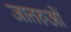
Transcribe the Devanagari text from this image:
जातरुओं